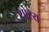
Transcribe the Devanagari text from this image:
शोरेय